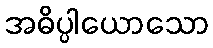
အဓိပ္ပါယောသော